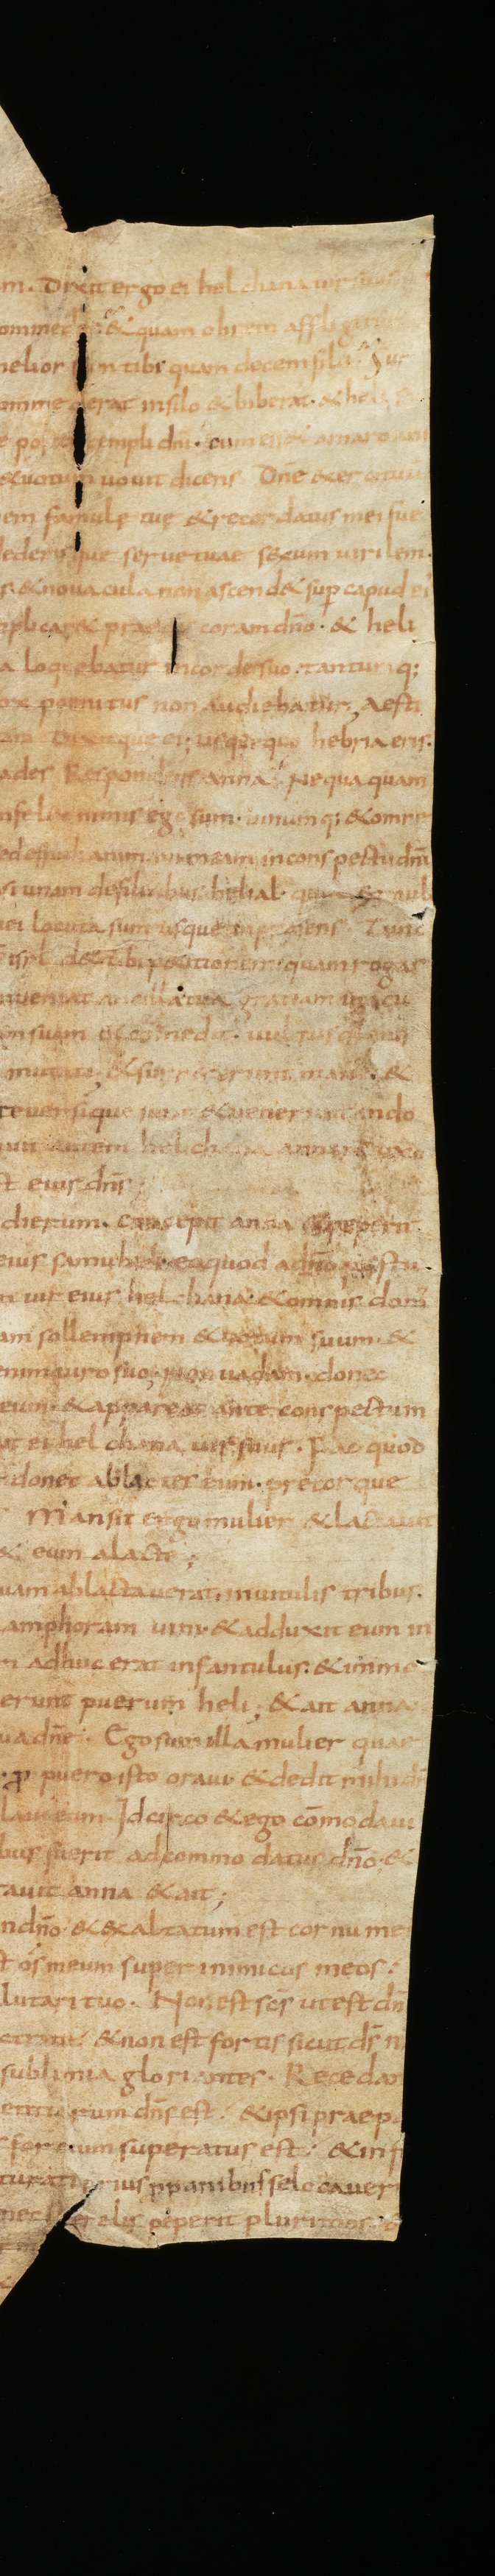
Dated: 835–865